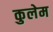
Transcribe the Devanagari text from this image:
कुलेम